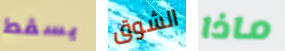
يسقط الشوق ماذا